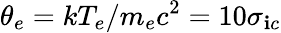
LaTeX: \theta_{e}=kT_{e}/m_{e}c^{2}=10\sigma_{\mathbf{i}c}